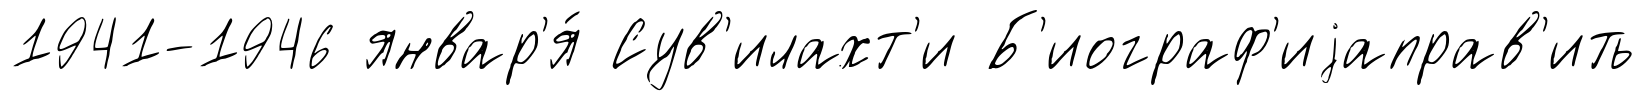
1941-1946 январ'я́ Сув'илахт'и Б'иограф'иjаправ'ить